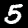
Label: 5